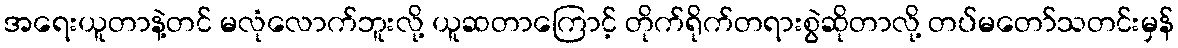
အရေးယူတာနဲ့တင် မလုံလောက်ဘူးလို့ ယူဆတာကြောင့် တိုက်ရိုက်တရားစွဲဆိုတာလို့ တပ်မတော်သတင်းမှန်